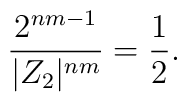
\frac{2^{nm-1}}{|Z_2|^{nm}} = \frac{1}{2}.